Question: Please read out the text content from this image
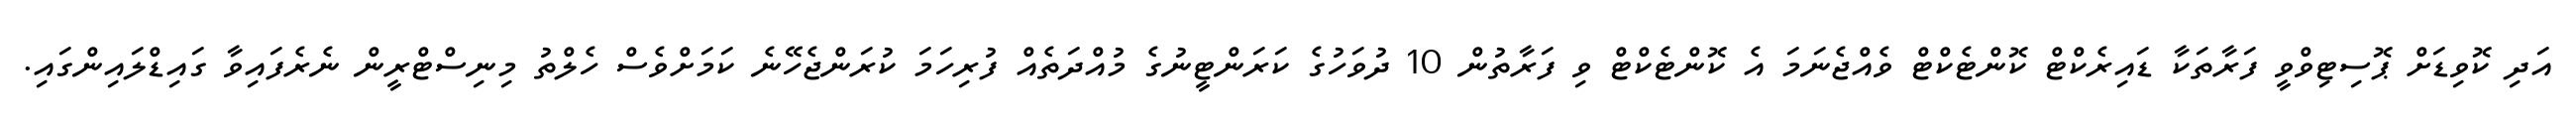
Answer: އަދި ކޮވިޑަށް ޕޮސިޓިވްވީ ފަރާތަކާ ޑައިރެކްޓް ކޮންޓެކްޓް ވެއްޖެނަމަ އެ ކޮންޓެކްޓް ވި ފަރާތުން 10 ދުވަހުގެ ކަރަންޓީނުގެ މުއްދަތެއް ފުރިހަމަ ކުރަންޖެހޭނެ ކަމަށްވެސް ހެލްތު މިނިސްޓްރީން ނެރެފައިވާ ގައިޑްލައިންގައި.